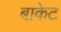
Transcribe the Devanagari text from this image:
बाकेट